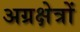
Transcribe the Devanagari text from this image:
अग्रक्षेत्रों